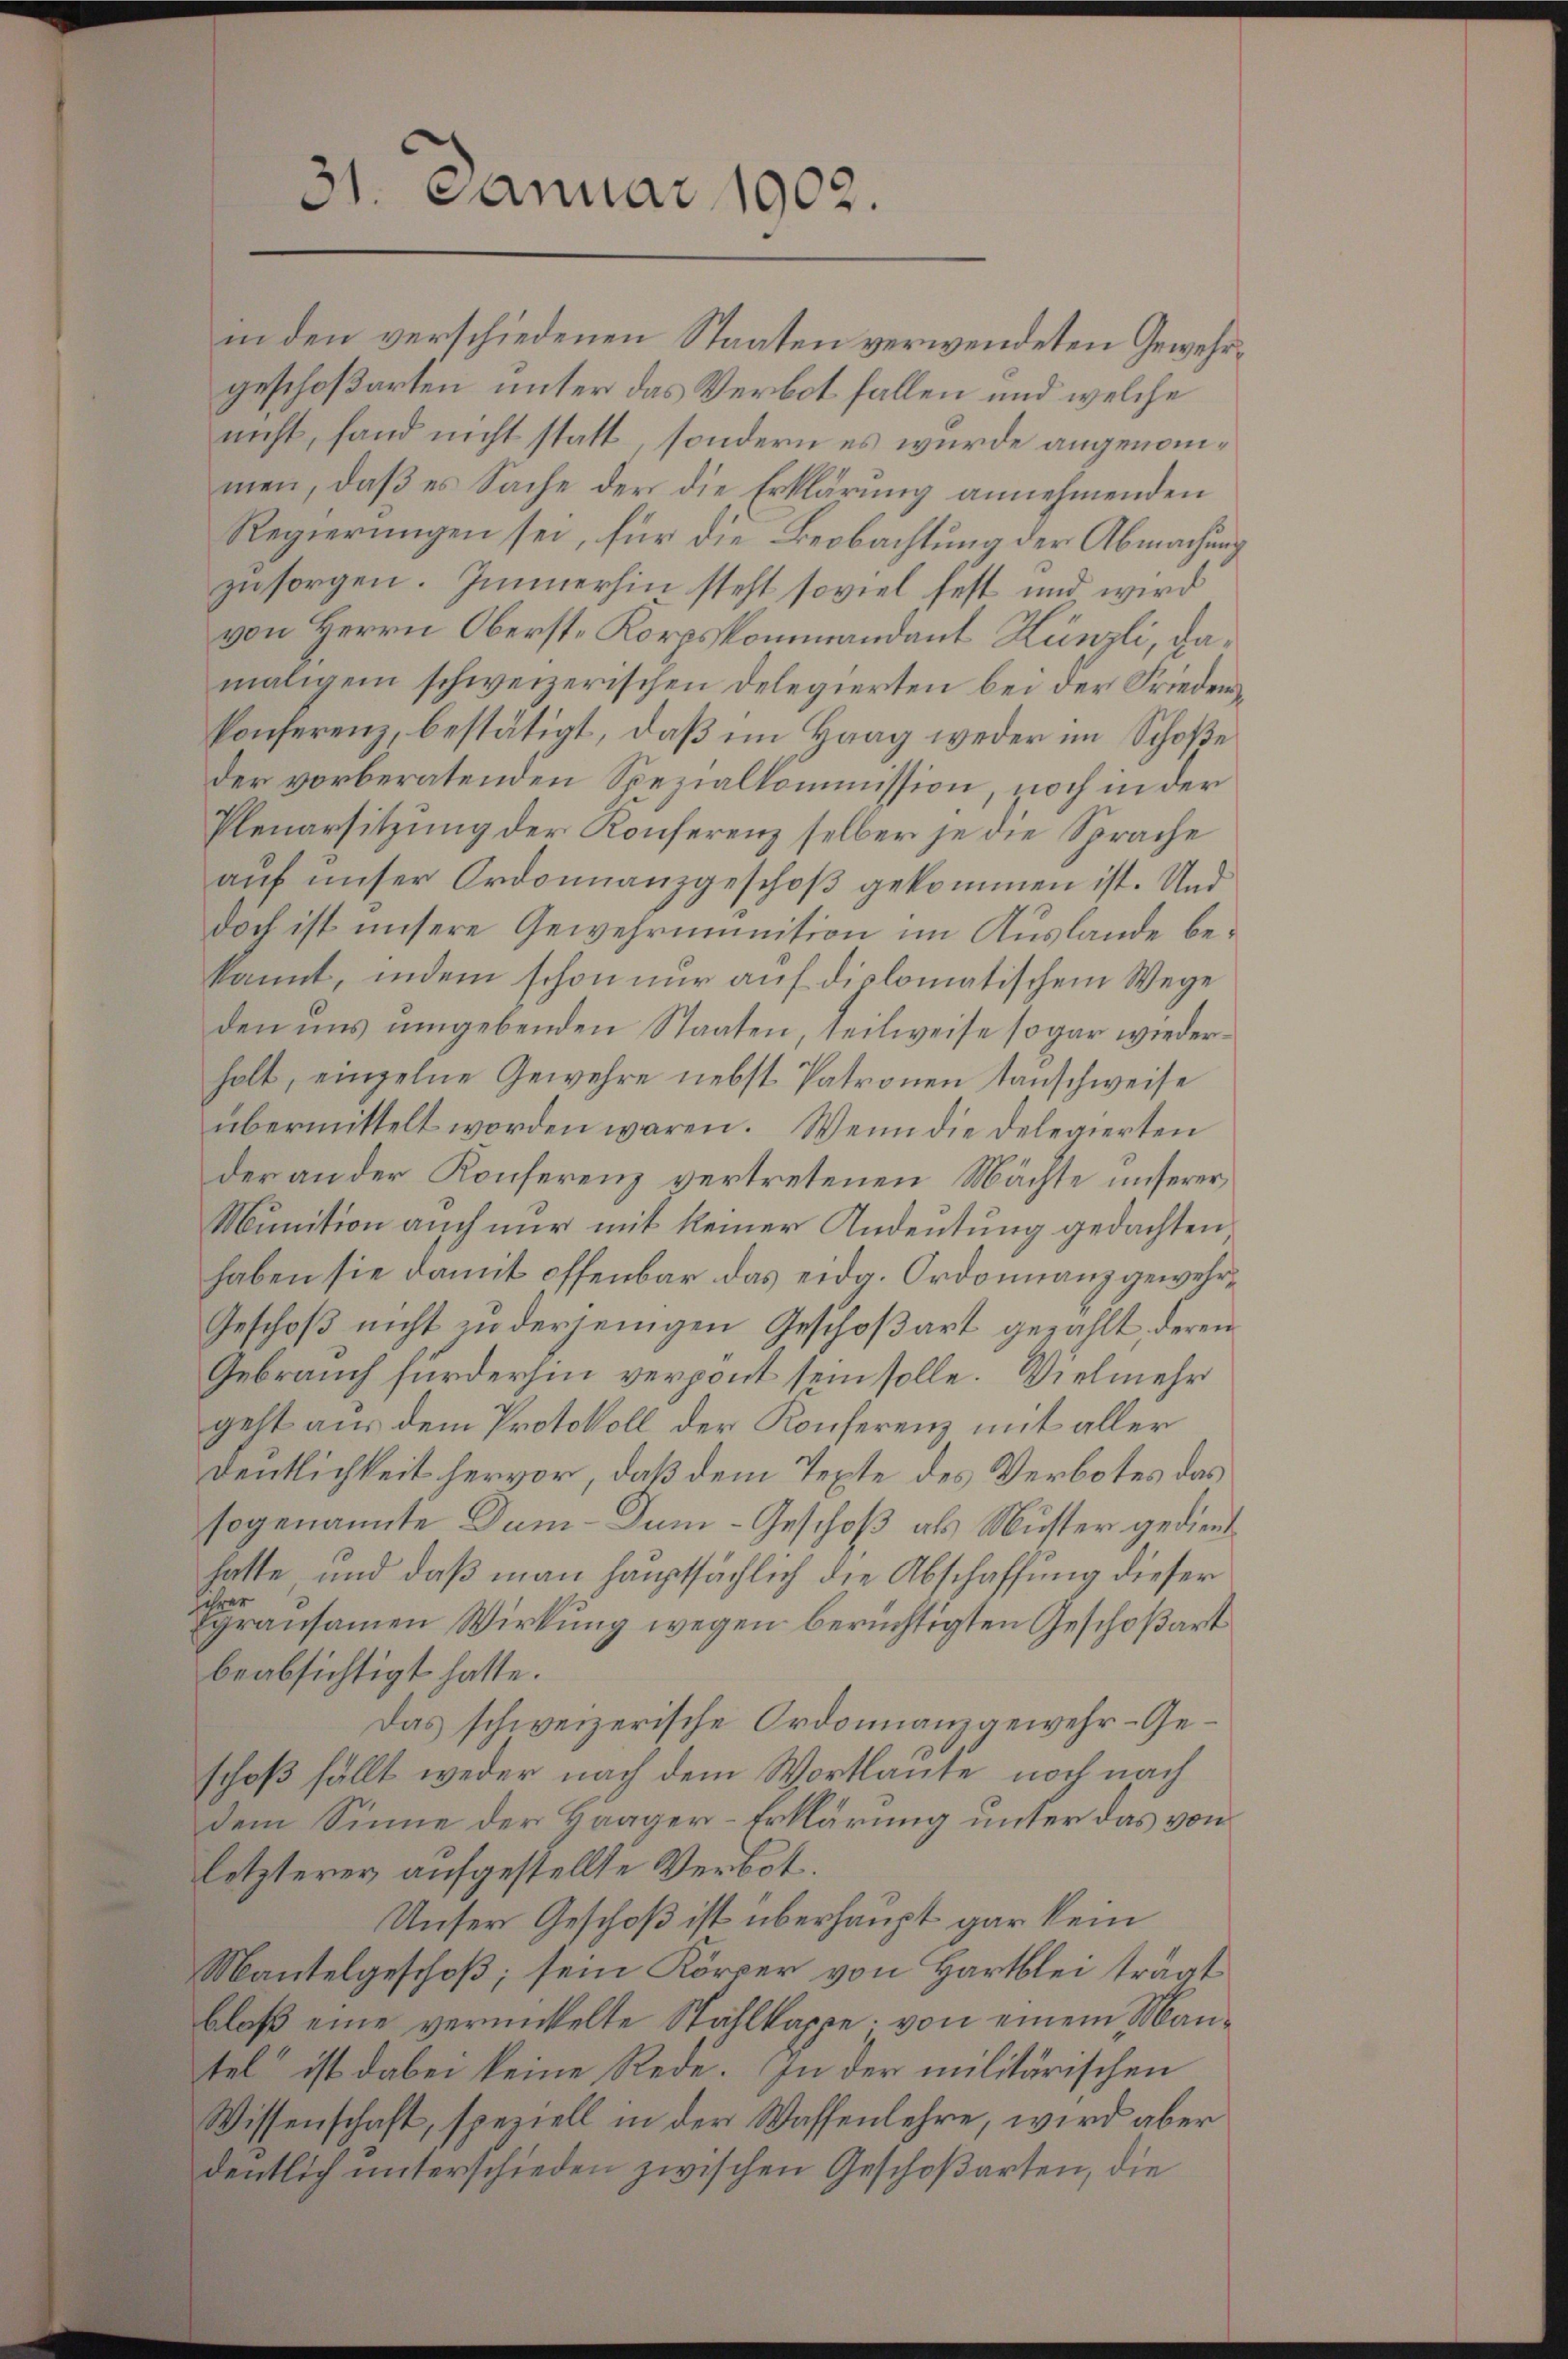
31. Januar 1902.

in den verschiedenen Staaten verwendeten Gewehrgeschoßarten unter das Verbot fallen und welche
nicht, fand nicht statt, sondern es wurde angenommen, daß es Sache der die Erklärung annehmenden
Regierungen sei, für die Beobachtung der Abmachung
zu sorgen. Immerhin steht soviel fest und wird
von Herrn Oberste Korpskommandant Künzli, damaligem schweizerischen Delegierten bei der Friedenkonferenz, bestätigt, daβ im Haag weder im Schoße
der vorberatenden Spezialkommission, noch in der
Plenarsitzung der Konferenz selber je die Sprache
auf unser Ordonnanzgeschoß gekommen ist. Und
doch ist unsere Gewehrinition im Auslande bekannt, indem schon nur auf diplomatischem Wege
den uns umgebenden Staaten, teilweise sogar wiederholt, einzelne Gewehre nebst Patronen tanschweise
übermittelt worden wären. Wenn die Delegierten
der an der Konferenz vertretenen Mächte unserer,
Munition auch nur mit keiner Andeutung gedachten,
haben sie damit offenbar das eidg. Ordonnanz gewehr¬
Geschoß nicht zu derjenigen Geschoßart gezahlt, deren
Gebrauch fürderhin verpont sein solle. Vielmehr
geht aus dem Protokoll der Konferenz mit aller
Deutlichkeit hervor, daß dem Texte des Verbotes das
sogenannte Dum-Dum-Geschoß als Muster gedient
hatte und daß man hauptsächlich die Abschaffung dieser
ihrer
gransamen Wirkung wegen berüchtigten Geschoßart
beabsichtigt hatte.
Das schweizerische Ordonnanzgewehr-Geschoß fällt weder nach dem Wortlaute noch nach
dem Sinne der Haager-Erklärung unter das von
letzterer aufgestellte Verbot
Unser Geschoß ist überhaupt gar kein
Mantelgeschoß; sein Körper von Hartblei trägt
bloß eine verwickelte Stallkappe von einem Mantel“ ist dabei keine Rede. In der militärischen
Wissenschaft, speziell in der Wassenlehre, wird aber
dentlich unterschieden zwischen Geschoßarten, die